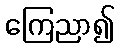
ကြေညာ၍